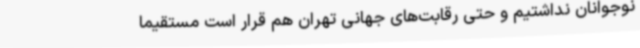
نوجوانان نداشتیم و حتی رقابت‌های جهانی تهران‌ هم قرار است مستقیما